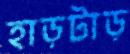
হাড়টাড়